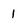
Character: 1